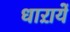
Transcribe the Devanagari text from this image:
धाऱायें